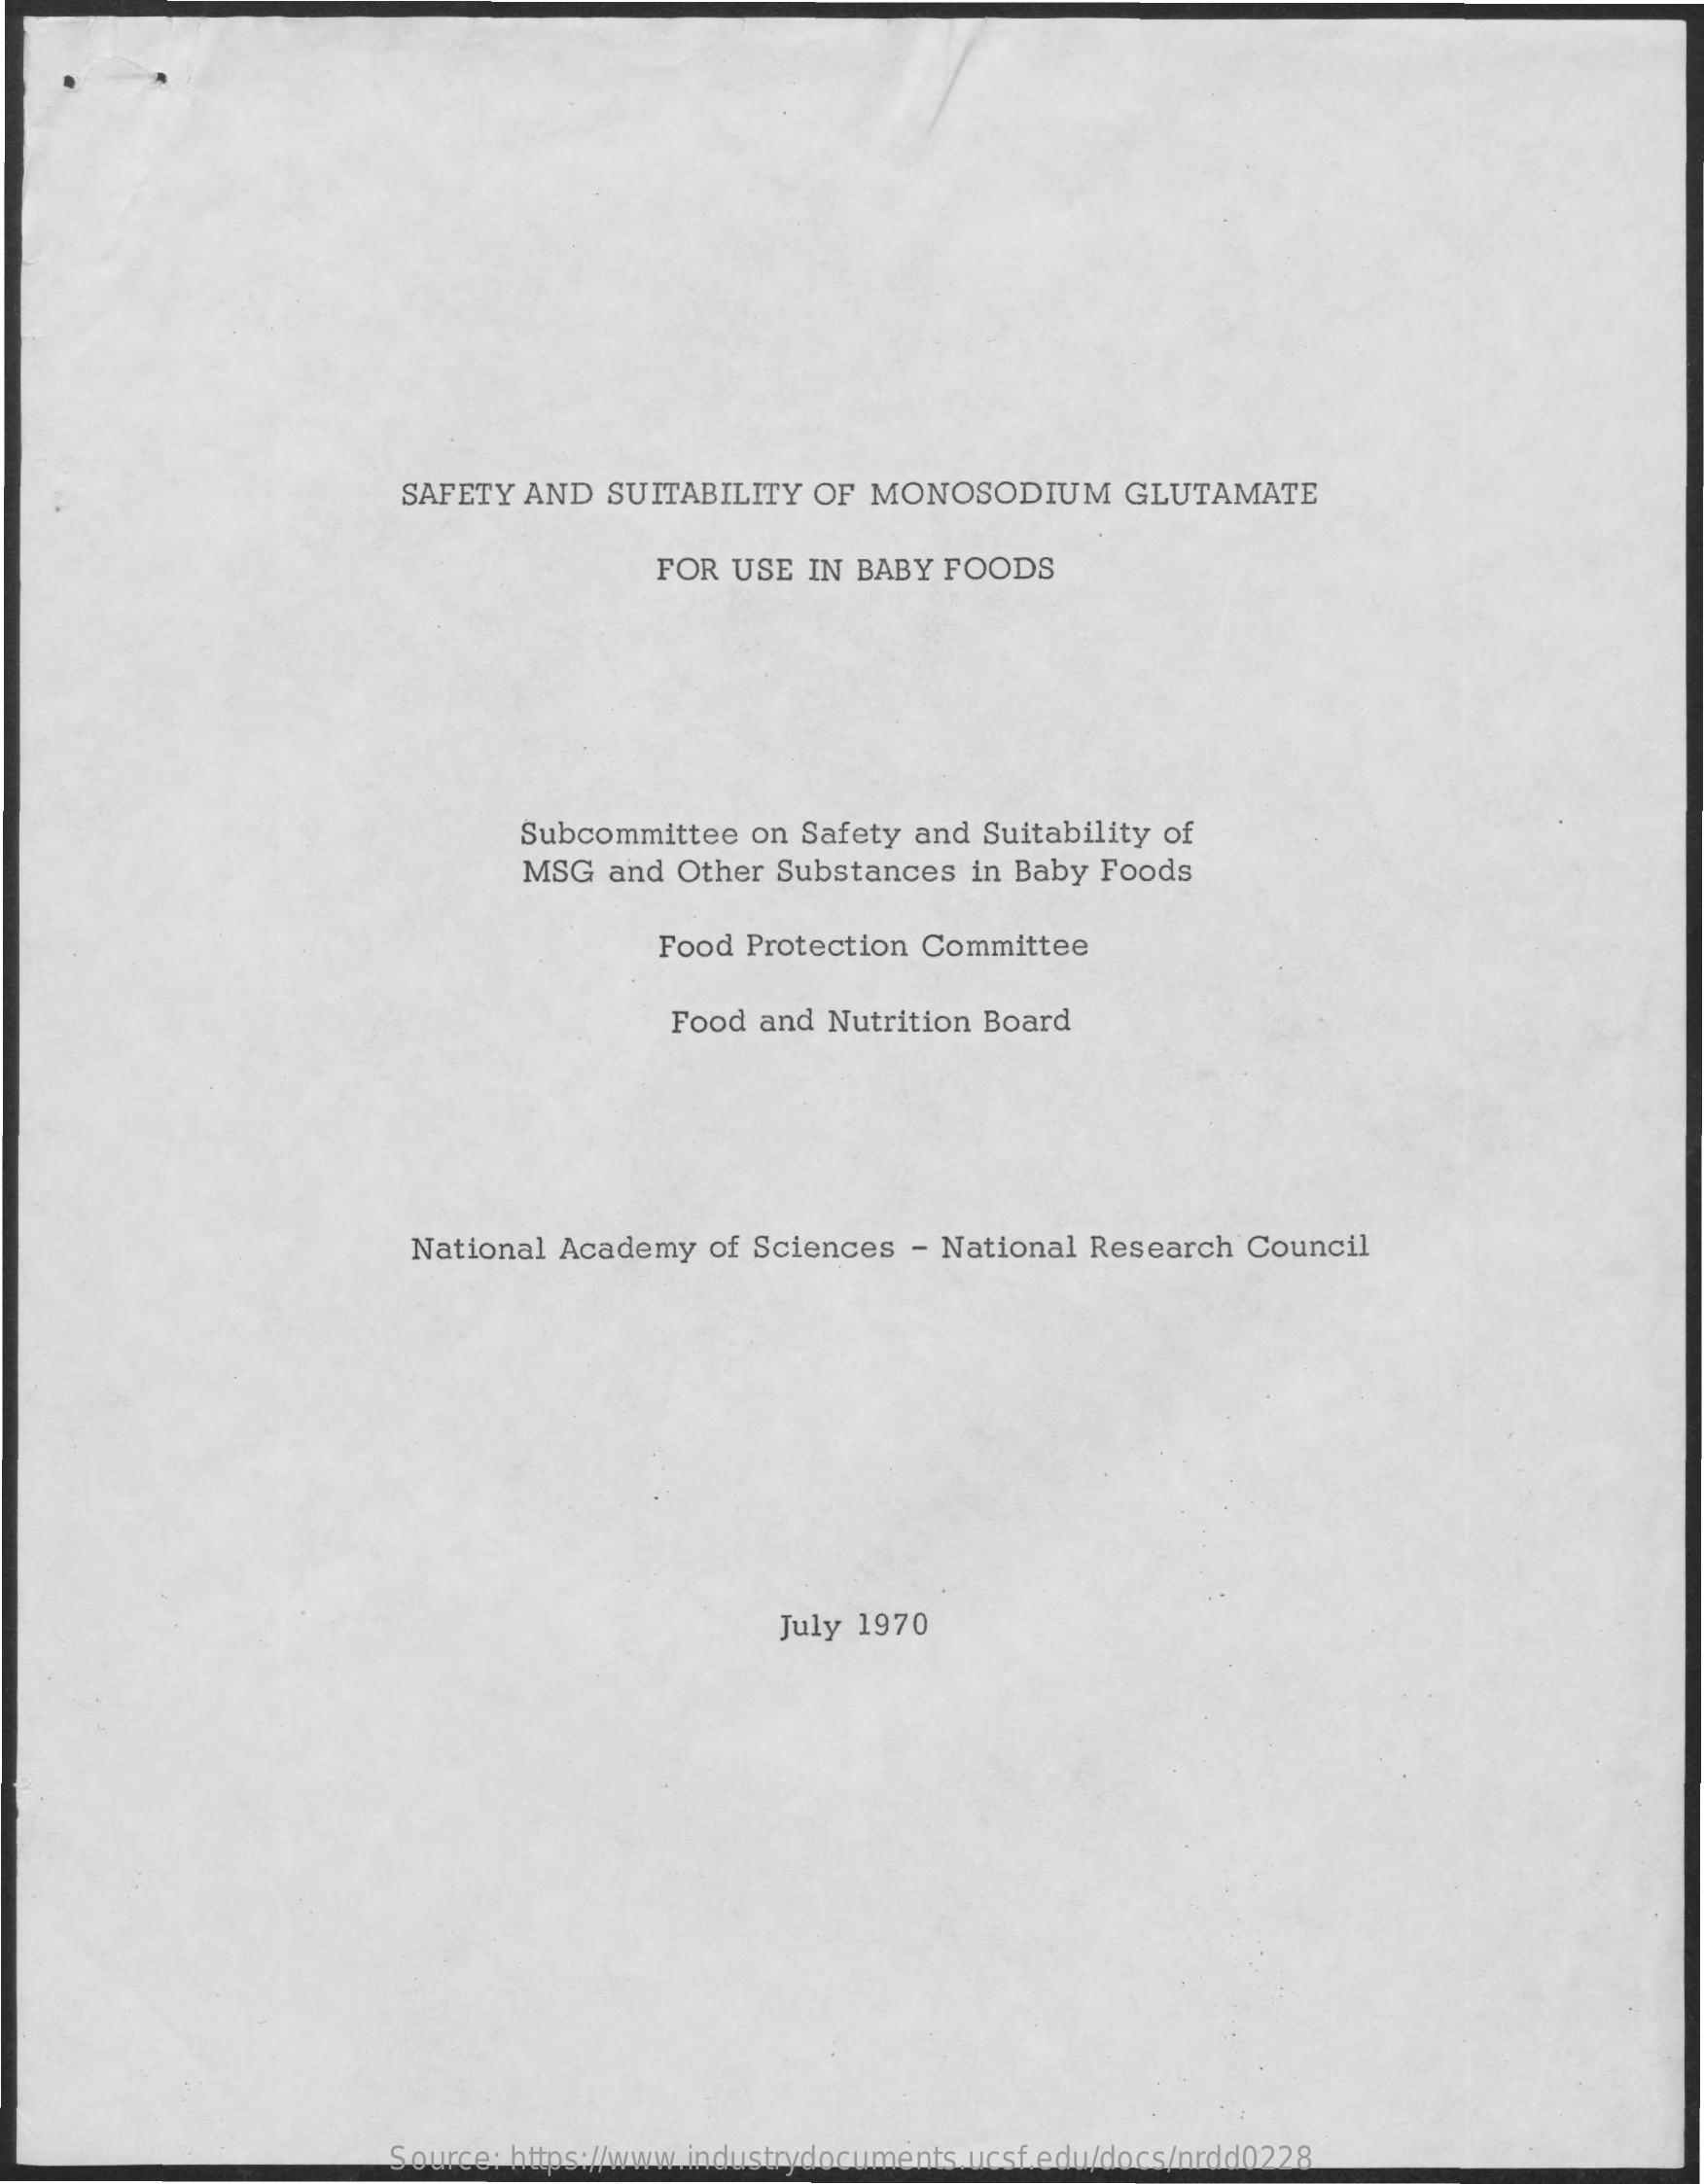
SAFETY  AND  SUITABILITY  OF  MONOSODIUM    GLUTAMATE
     FOR  USE  IN BABY  FOODS
     Subcommittee  on Safety  and Suitability of
     MSG  and Other  Substances  in Baby Foods
     Food Protection Committee
     Food  and Nutrition Board
     National  Academy   of Sciences  - National Research  Council
     July 1970
     Source: https://www.industrydocuments.ucsf.edu/docs/nrdd0228